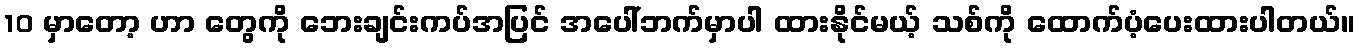
10 မှာတော့ ဟာ တွေကို ဘေးချင်းကပ်အပြင် အပေါ်ဘက်မှာပါ ထားနိုင်မယ့် သစ်ကို ထောက်ပံ့ပေးထားပါတယ်။